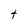
Character: t